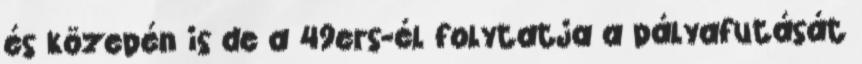
és közepén is de a 49ers-él folytatja a pályafutását